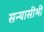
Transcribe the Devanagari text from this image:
सन्यासीभी